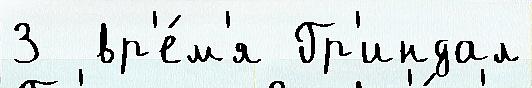
3  вр'е́м'я Гр'индал